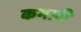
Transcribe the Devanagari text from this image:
कमारी